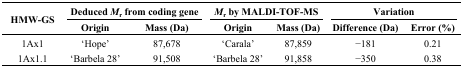
| <ROWSPAN=3> HMW-GS | <COLSPAN=2> Deduced Mr from coding gene | <COLSPAN=2> Mr by MALDI-TOF-MS | <COLSPAN=2> Variation |
 | Origin | Mass (Da) | Origin | Mass (Da) | Difference (Da) | Error (%) |
 | --- | --- | --- | --- | --- | --- | --- |
 | 1Ax1 | ‘Hope’ | 87,678 | ‘Carala’ | 87,859 | −181 | 0.21 |
 | 1Ax1.1 | ‘Barbela 28’ | 91,508 | ‘Barbela 28’ | 91,858 | −350 | 0.38 |